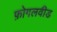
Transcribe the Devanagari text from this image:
फ़ोगलवीड